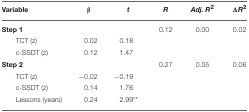
| Variable | β | t | R | Adj. R2 | ΔR2 |
 | --- | --- | --- | --- | --- | --- |
 | Step 1 |  |  | 0.12 | 0.00 | 0.02 |
 | TCT (z) | 0.02 | 0.18 |  |  |  |
 | c-SSDT (z) | 0.12 | 1.47 |  |  |  |
 | Step 2 |  |  | 0.27 | 0.05 | 0.06 |
 | TCT (z) | −0.02 | −0.19 |  |  |  |
 | c-SSDT (z) | 0.14 | 1.76 |  |  |  |
 | Lessons (years) | 0.24 | 2.99** |  |  |  |